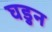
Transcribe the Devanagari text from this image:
घडुन